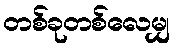
တစ်ခုတစ်လေမျှ